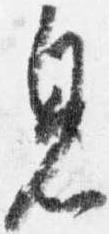
思